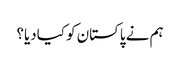
ہم نے پاکستان کو کیادیا؟